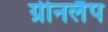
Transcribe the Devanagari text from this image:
ग्रीनलैंप